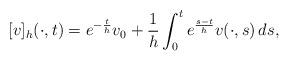
LaTeX: \begin{align*} [v]_h(\cdot,t)=e^{-\frac{t}{h}}v_0 + \frac{1}{h}\int_0^t e^{\frac{s-t}{h}}v(\cdot,s)\,ds,\end{align*}